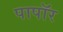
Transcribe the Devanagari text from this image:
पापॉर